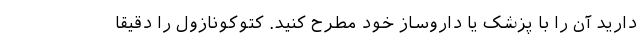
دارید آن را با پزشک یا داروساز خود مطرح کنید. کتوکونازول را دقیقا